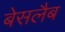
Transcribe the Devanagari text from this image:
बेसलैब